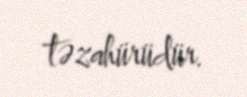
təzahürüdür.